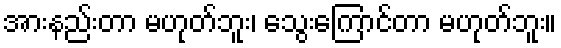
အားနည်းတာ မဟုတ်ဘူး၊ သွေးကြောင်တာ မဟုတ်ဘူး။